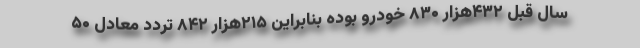
سال قبل ۴۳۲هزار ۸۳۰ خودرو بوده بنابراین ۲۱۵هزار ۸۴۲ تردد معادل ۵۰